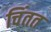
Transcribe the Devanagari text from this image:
चिंतत